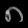
Digit: ၈